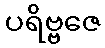
ပရိဗ္ဗဇေ